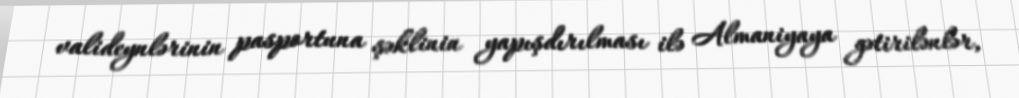
valideynlərinin pasportuna şəklinin yapışdırılması ilə Almaniyaya gətirilənlər,